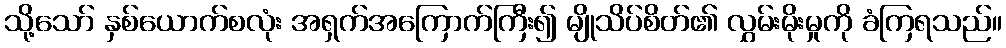
သို့သော် နှစ်ယောက်စလုံး အရှက်အကြောက်ကြီး၍ မျိုသိပ်စိတ်၏ လွှမ်းမိုးမှုကို ခံကြရသည်။